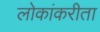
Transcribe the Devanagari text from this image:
लोकांकरीता